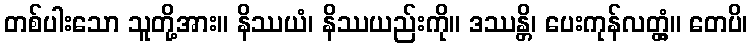
တစ်ပါးသော သူတို့အား။ နိဿယံ၊ နိဿယည်းကို။ ဒဿန္တိ၊ ပေးကုန်လတ္တံ့။ တေပိ၊